Document type: Testament
Year: 1362
Scribe: Berenguer Vergós
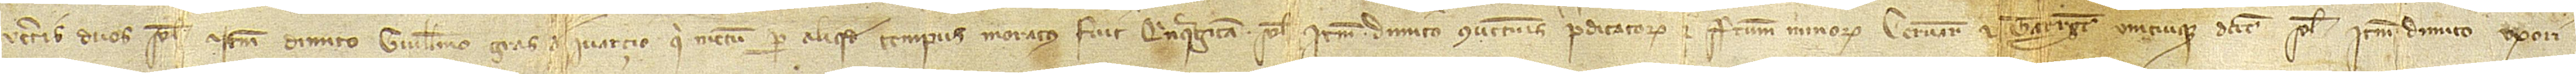
Veteris duos solidos. Item, dimito Guillelmo Gras, de Ivarçio, qui mecum per aliquod tempus moratus fuit, quinquaginta solidos. Item, dimito conventuis predicatorum et fratrum minorum Cervarie et Tarrege unicuique decem solidos. Item, dimito uxori